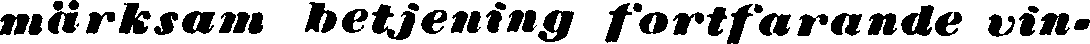
märksam betjening fortfarande vin-